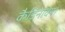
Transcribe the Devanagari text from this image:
कैडिनेविया